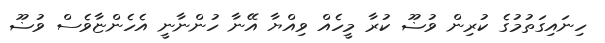
ހިނައިގަތުމުގެ ކުރިން ވުޟޫ ކުރާ މީހެއް ވިއްޔާ އޭނާ ހުންނާނީ އެހެންޏާވެސް ވުޟޫ